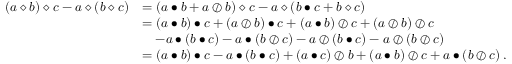
\begin{array} { r l } { \left( a \diamond b \right) \diamond c - a \diamond \left( b \diamond c \right) } & { = \left( a \bullet b + a \oslash b \right) \diamond c - a \diamond \left( b \bullet c + b \diamond c \right) } \\ & { = \left( a \bullet b \right) \bullet c + \left( a \oslash b \right) \bullet c + \left( a \bullet b \right) \oslash c + \left( a \oslash b \right) \oslash c } \\ & { \quad - a \bullet \left( b \bullet c \right) - a \bullet \left( b \oslash c \right) - a \oslash \left( b \bullet c \right) - a \oslash \left( b \oslash c \right) } \\ & { = \left( a \bullet b \right) \bullet c - a \bullet \left( b \bullet c \right) + \left( a \bullet c \right) \oslash b + \left( a \bullet b \right) \oslash c + a \bullet \left( b \oslash c \right) . } \end{array}